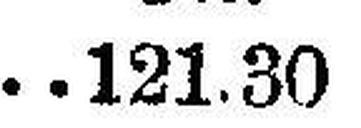
121.30